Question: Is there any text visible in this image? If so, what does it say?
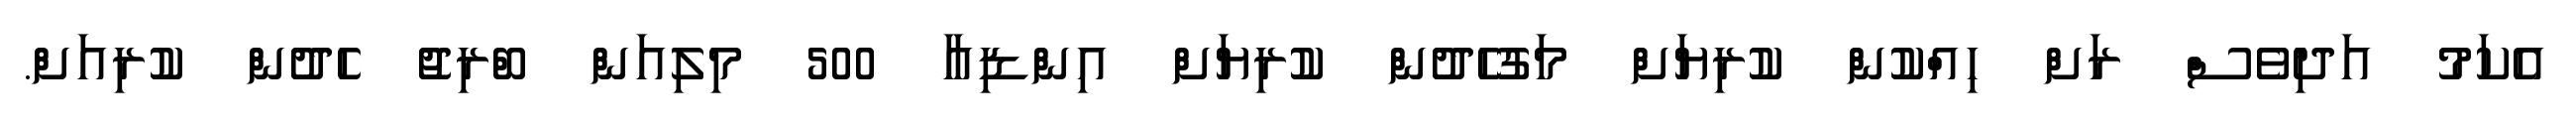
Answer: އެކަމު އަދިވެސް ރަށް ހިއްކުން ކުރިޔަށް މަގުހެދުން ކުރިޔަށް އިންޑިއާ 500 މިލިއަން ބްރިޖު ހެދުން ކުރިއަށް.